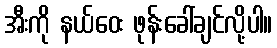
အီးကို နယ်ဝေး ဖုန်းခေါ်ချင်လို့ပါ။